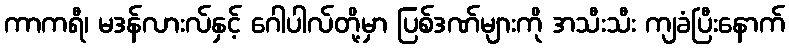
ကာကရီ၊ မဒန်လားလ်နှင့် ဂေါပါလ်တို့မှာ ပြစ်ဒဏ်များကို အသီးသီး ကျခံပြီးနောက်